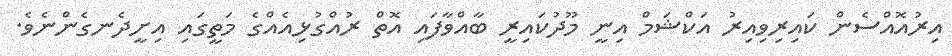
އިރުއޮއްސެން ކައިރިވިއިރު އަކްޝަމް އިނީ މޫދުކައިރީ ބާއްވާފައި އޮތް ރުއްގުޅިއެއްގެ މަތީގައި އިށީދެނގެންނެވެ.